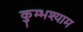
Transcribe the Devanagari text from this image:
कुम्भश्याम